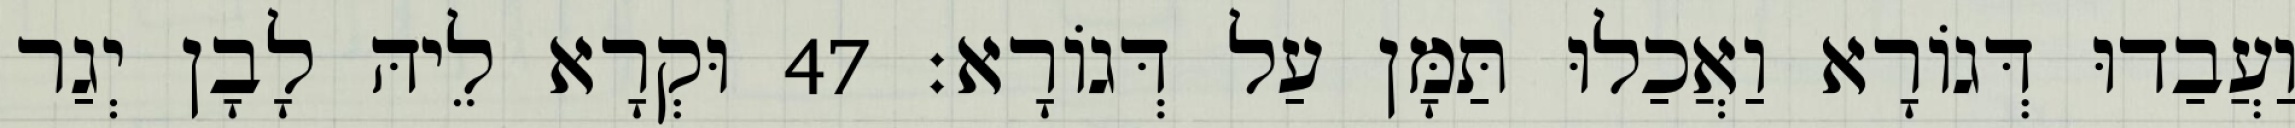
וַעֲבַדוּ דְּגוֹרָא וַאֲכַלוּ תַּמָּן עַל דְּגוֹרָא׃ 47 וּקְרָא לֵיהּ לָבָן יְגַר